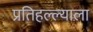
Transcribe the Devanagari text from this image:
प्रतिहल्ल्याला